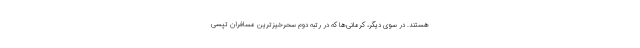
هستند. در سوی دیگر، کرمانی‌ها که در رتبه دوم سحرخیزترین مسافران تپسی